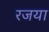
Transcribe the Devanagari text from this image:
रजया